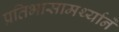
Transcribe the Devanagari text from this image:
प्रतिभासामर्थ्याने